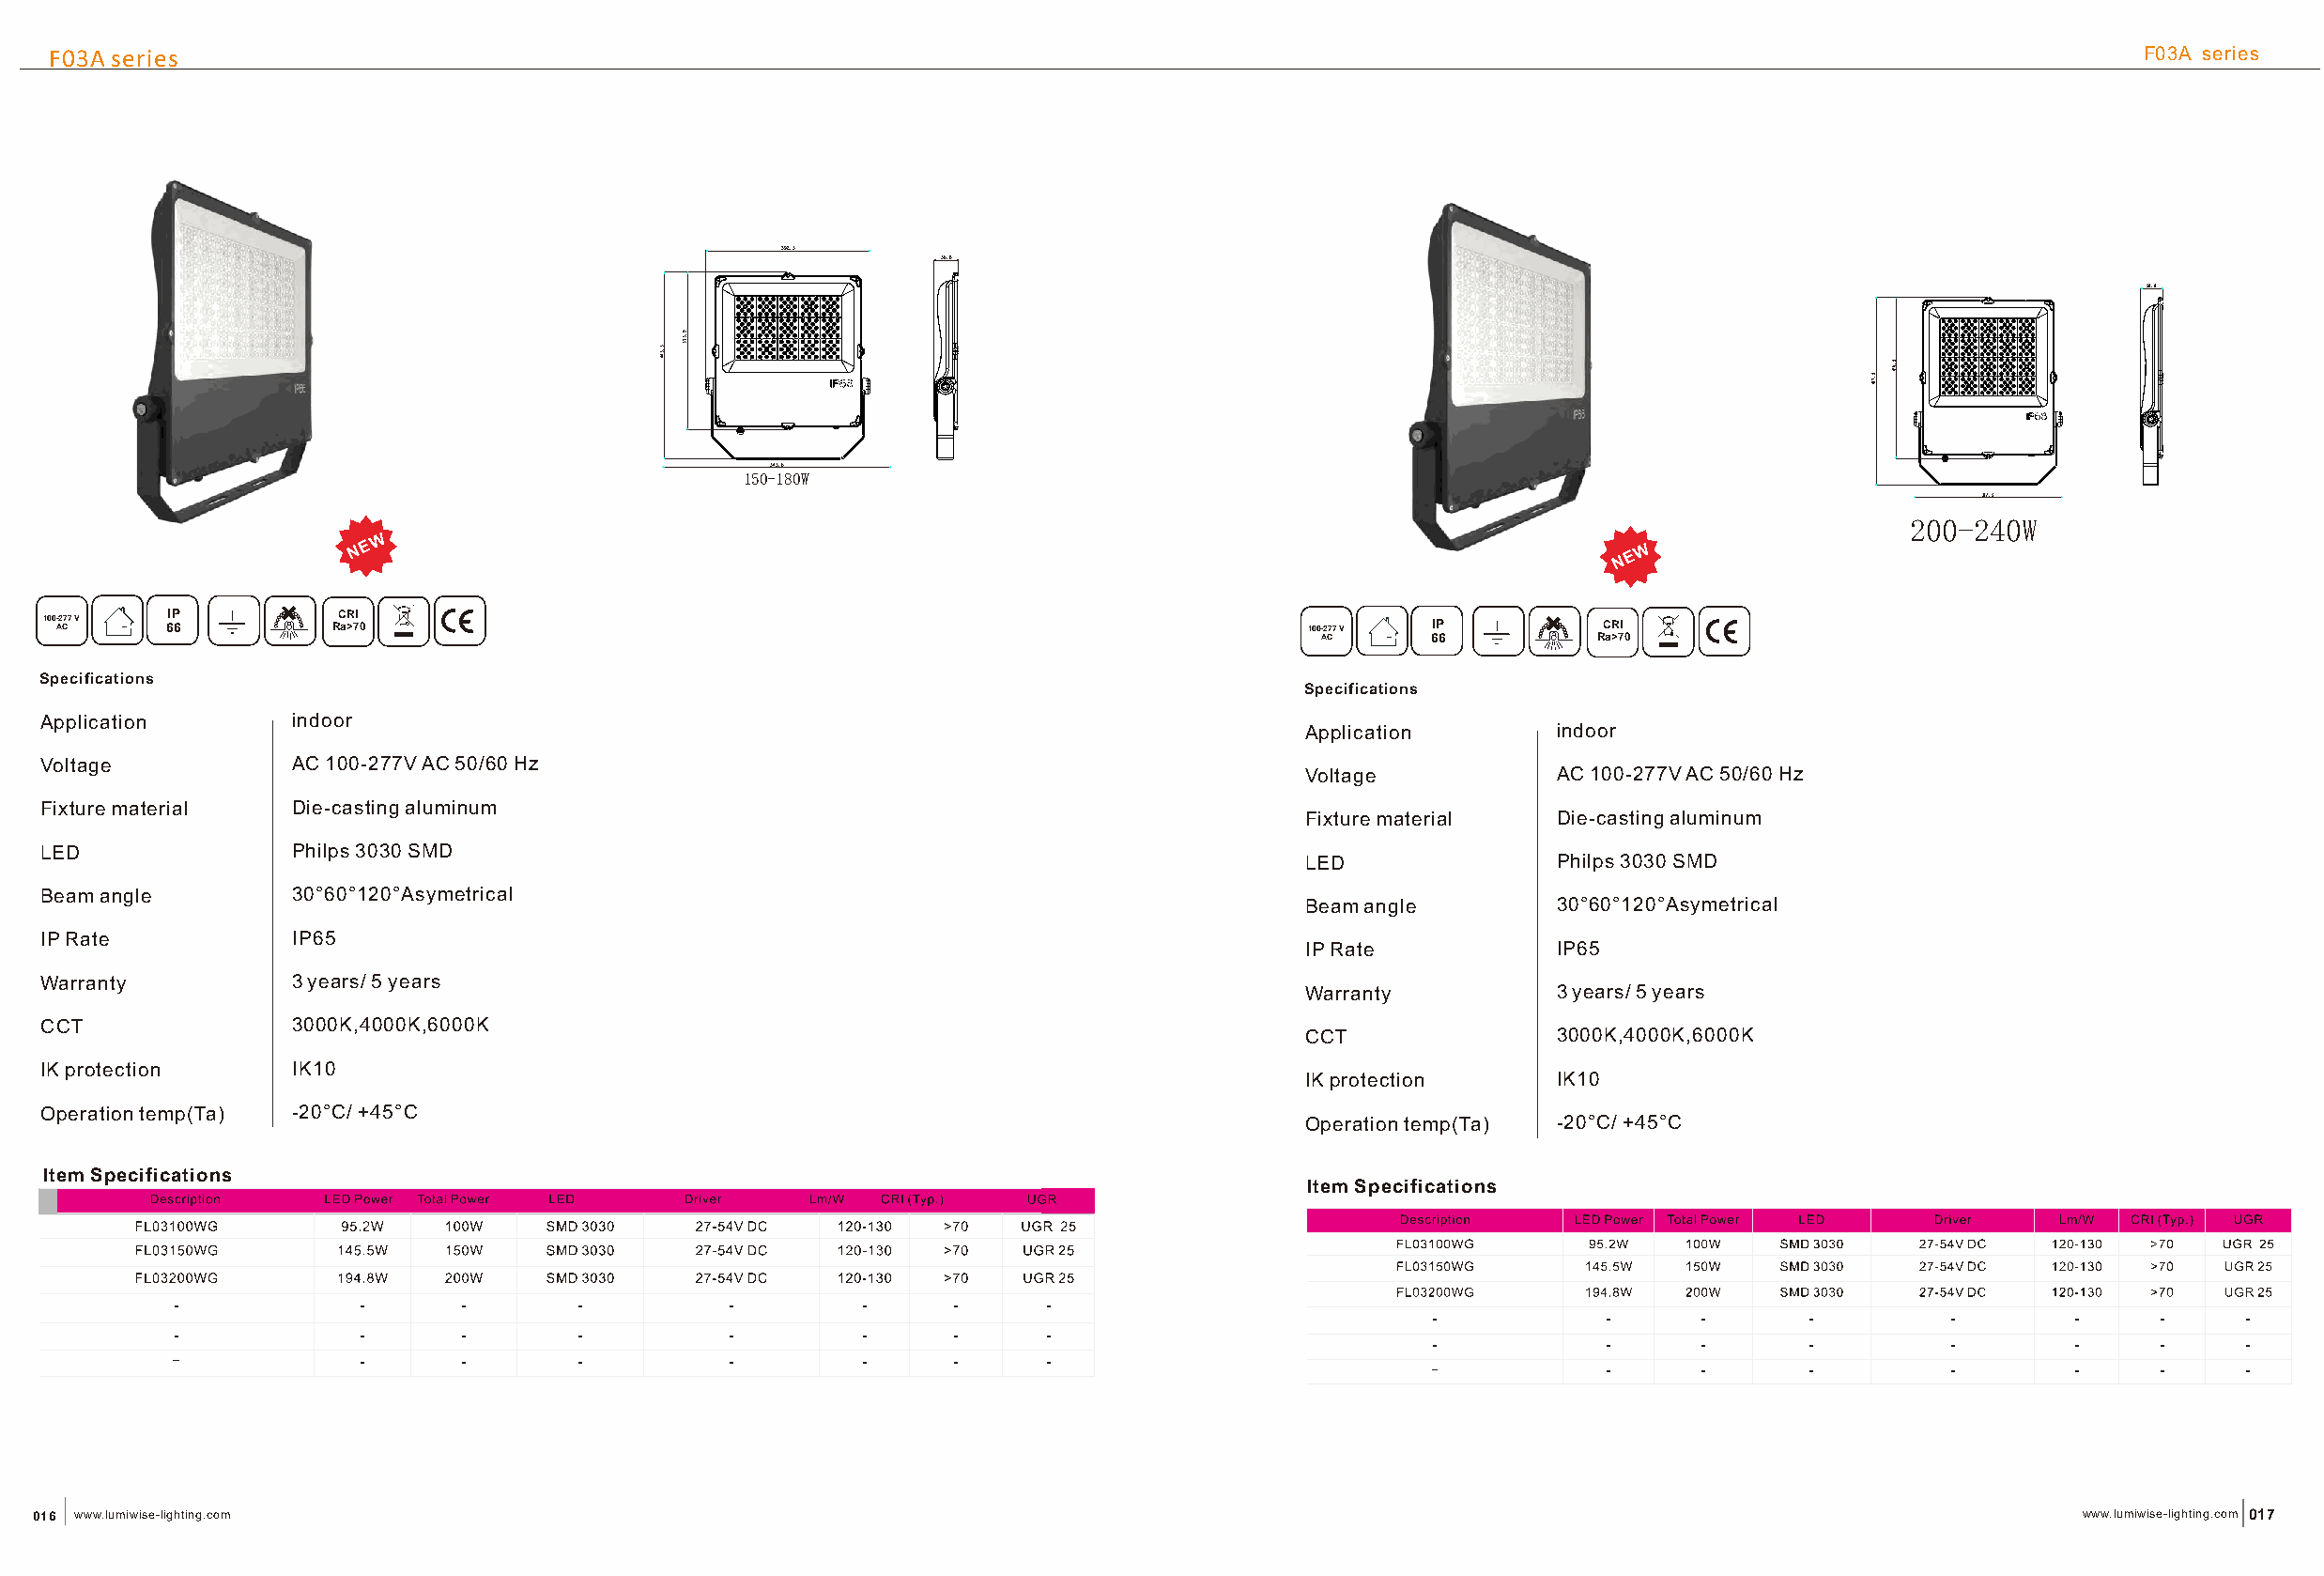
F03A series                                                                                                                                         F03A series
 392.5
 56.8
 58.8
 545.6
 150-180W
 392.5
 200-240W
 WW
 NN EE                                                                                    NN EE WW
 1 0 0 A-2 C77 V 6IP 6 R CC aRR >7II 0                                                    100-277 V IP         CCRRII
 AC      66          Ra>70
 Specifications
 Specifications
 Application       indoor
 Application       indoor
 Voltage           AC 100-277V AC 50/60 Hz
 Voltage           AC 100-277V AC 50/60 Hz
 Fixture material  D ie-casting aluminum
 Fixture material  D ie-casting aluminum
 LED               Philps 3030 SMD
 LED               Philps 3030 SMD
 Beam angle        30°60°120°Asymetrical
 Beam angle        30°60°120°Asymetrical
 IP Rate           IP65
 IP Rate           IP65
 Warranty          3 years/ 5 years
 Warranty          3 years/ 5 years
 CCT               3000K,4000K,6000K
 CCT               3000K,4000K,6000K
 IK protection     IK10
 IK protection     IK10
 Operation temp(Ta) -20°C/ +45°C
 Operation temp(Ta) -20°C/ +45°C
 Item Specifications
 Item Specifications
 016 www.lumiwise-lighting.com                                                                                                                    www.lumiwise-lighting.com 017
 5.544
 9.573
 5.794
 9.624